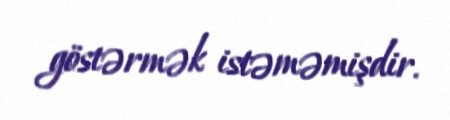
göstərmək istəməmişdir.